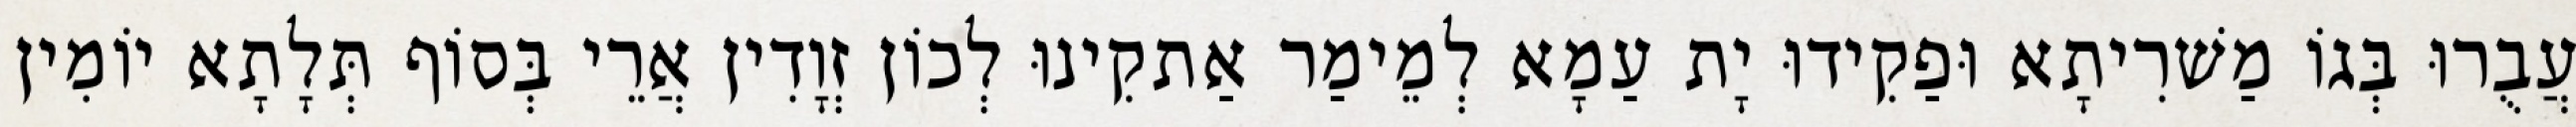
עֲבֻרוּ בְּגוֹ מַשׁרִיתָא וּפַקִידוּ יָת עַמָא לְמֵימַר אַתקִינוּ לְכוֹן זְוָדִין אֲרֵי בְּסוֹף תְּלָתָא יוֹמִין